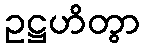
ဥဋ္ဌဟိတွာ